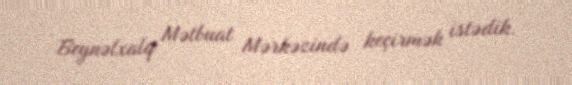
Beynəlxalq Mətbuat Mərkəzində keçirmək istədik.